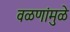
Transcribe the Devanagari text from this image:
वळणांमुळे